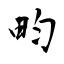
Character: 畇